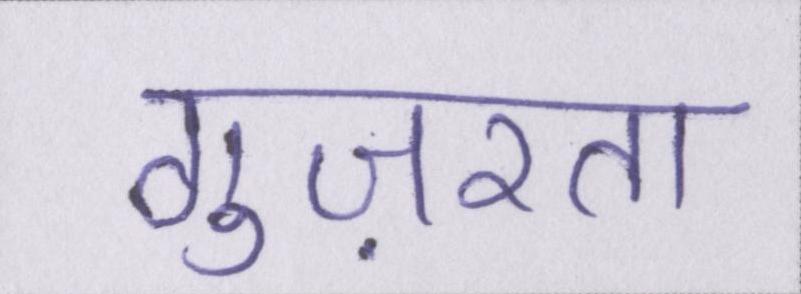
गुज़रता